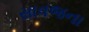
સાવજના